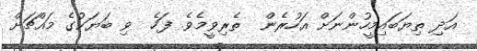
އަދި ތިޔަބައިމީހުންނަށް އަހުރެން  ތެރިވީމެވެ. ފަހެ  ވި ބަޔަކުގެ މައްޗަށް